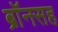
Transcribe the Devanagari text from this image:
ब्रॉनसह